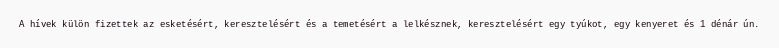
A hívek külön fizettek az esketésért, keresztelésért és a temetésért a lelkésznek, keresztelésért egy tyúkot, egy kenyeret és 1 dénár ún.